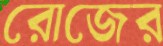
রোজের